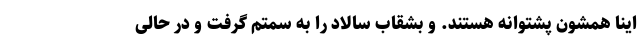
اینا همشون پشتوانه هستند. و بشقاب سالاد را به سمتم گرفت و در حالی